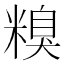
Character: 糗